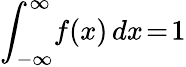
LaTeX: \int_{-\infty}^{\infty}\! f(x)\, dx\! =\! 1